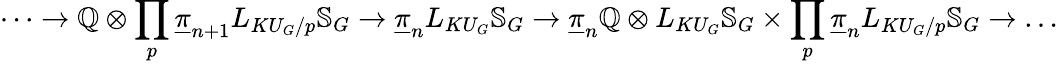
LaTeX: \cdots\to\mathbb{Q}\otimes\prod_{p}\underline{{\pi}}_{n+1}L_{{KU_{G}}/p}\mathbb{S}_{G}\to\underline{{\pi}}_{n}L_{{KU_{G}}}\mathbb{S}_{G}\to\underline{{\pi}}_{n}\mathbb{Q}\otimes L_{KU_{G}}\mathbb{S}_{G}\times\prod_{p}\underline{{\pi}}_{n}L_{{KU_{G}}/p}\mathbb{S}_{G}\to\dots